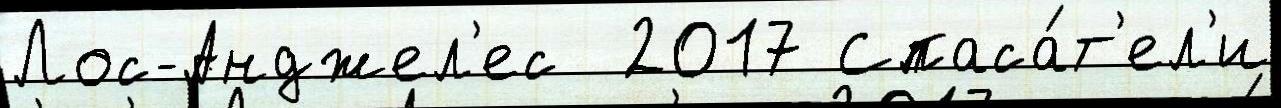
Лос-Анджел'ес  2017 Спаса́т'ел'и